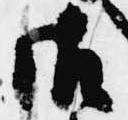
御